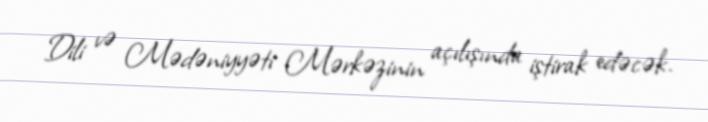
Dili və Mədəniyyəti Mərkəzinin açılışında iştirak edəcək.